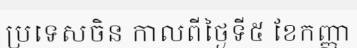
ប្រទេសចិន កាលពីថ្ងៃទី៥ ខែកញ្ញា